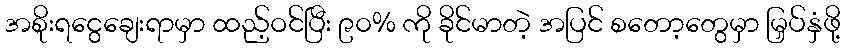
အစိုးရငွေချေးရာမှာ ထည့်ဝင်ပြီး ၉၀% ကို ခိုင်မာတဲ့ အပြင် စတော့တွေမှာ မြှပ်နှံဖို့